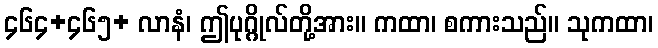
၄၆၄+၄၆၅+ လာနံ၊ ဤပုဂ္ဂိုလ်တို့အား။ ကထာ၊ စကားသည်။ သုကထာ၊